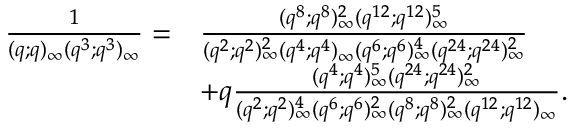
\begin{array} { r l } { \frac { 1 } { ( q ; q ) _ { \infty } ( q ^ { 3 } ; q ^ { 3 } ) _ { \infty } } = } & { \frac { ( q ^ { 8 } ; q ^ { 8 } ) _ { \infty } ^ { 2 } ( q ^ { 1 2 } ; q ^ { 1 2 } ) _ { \infty } ^ { 5 } } { ( q ^ { 2 } ; q ^ { 2 } ) _ { \infty } ^ { 2 } ( q ^ { 4 } ; q ^ { 4 } ) _ { \infty } ( q ^ { 6 } ; q ^ { 6 } ) _ { \infty } ^ { 4 } ( q ^ { 2 4 } ; q ^ { 2 4 } ) _ { \infty } ^ { 2 } } } \\ & { + q \frac { ( q ^ { 4 } ; q ^ { 4 } ) _ { \infty } ^ { 5 } ( q ^ { 2 4 } ; q ^ { 2 4 } ) _ { \infty } ^ { 2 } } { ( q ^ { 2 } ; q ^ { 2 } ) _ { \infty } ^ { 4 } ( q ^ { 6 } ; q ^ { 6 } ) _ { \infty } ^ { 2 } ( q ^ { 8 } ; q ^ { 8 } ) _ { \infty } ^ { 2 } ( q ^ { 1 2 } ; q ^ { 1 2 } ) _ { \infty } } . } \end{array}